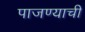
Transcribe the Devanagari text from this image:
पाजण्याची